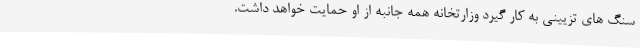
سنگ های تزیینی به کار گیرد وزارتخانه همه جانبه از او حمایت خواهد داشت.